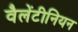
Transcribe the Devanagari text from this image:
वैलेंटीनियन